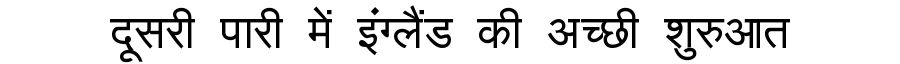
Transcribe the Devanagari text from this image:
दूसरी पारी में इंग्लैंड की अच्छी शुरुआत